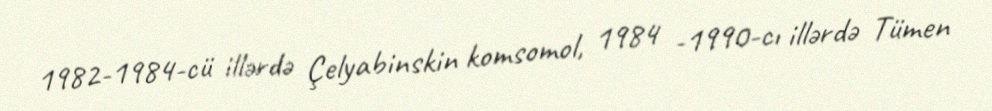
1982-1984-cü illərdə Çelyabinskin komsomol, 1984 -1990-cı illərdə Tümen